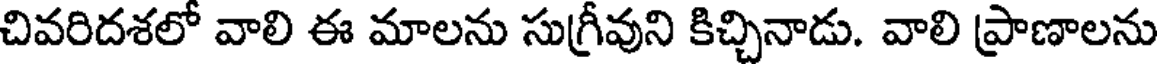
చివరిదశలో వాలి ఈ మాలను సుగ్రీవుని కిచ్చినాడు. వాలి ప్రాణాలను